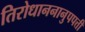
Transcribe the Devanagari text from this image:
तिरोधाननानुपपत्ती